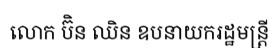
លោក ប៊ិន ឈិន ឧបនាយករដ្ឋមន្ត្រី